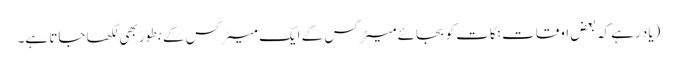
(یاد رہے کہ بعض اوقات نکات کو بجائے میٹرکس کے ایک میٹرکس کے بطور بھی لکھا جاتا ہے۔